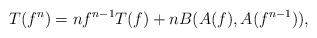
LaTeX: \begin{align*} T(f^{n})= nf^{n-1}T(f)+nB(A(f), A(f^{n-1})), \end{align*}